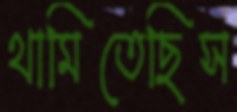
থামিতেছিস